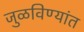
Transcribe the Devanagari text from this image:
जुळविण्यांत